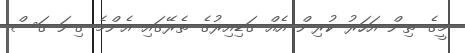
މީގެ ތިން އަހަރު ކުރިން އެއް ގަޑިއިރުގެ ތެރޭގައި އެންމެ ގިނަ ގަސް